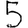
Digit: 5